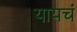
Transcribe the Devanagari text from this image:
यायचं